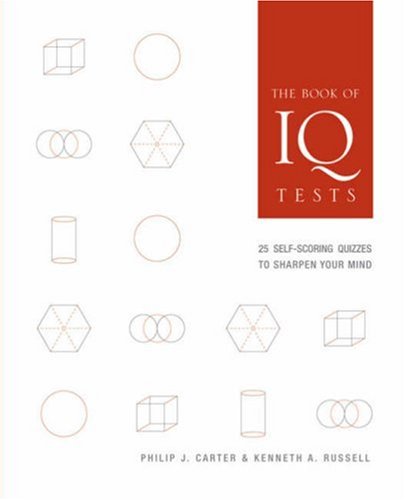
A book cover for The Book of IQ Tests: 25 Self-Scoring Quizzes to Sharpen Your Mind; Philip J. Carter; Humor & Entertainment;